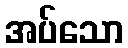
အပ်သော